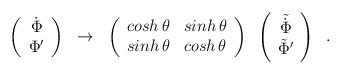
LaTeX: \begin{align*}\left( \begin{array}{c}\dot{\Phi} \\ \Phi^{\prime}\end{array}\right) \;\; \rightarrow \;\; \left( \begin{array}{cc}cosh\,\theta & sinh\,\theta \\ sinh\,\theta & cosh\,\theta\end{array}\right)\;\; \left( \begin{array}{c}\tilde{\dot{\Phi}} \\ \tilde{\Phi}^{\prime}\end{array}\right)\;\;.\end{align*}